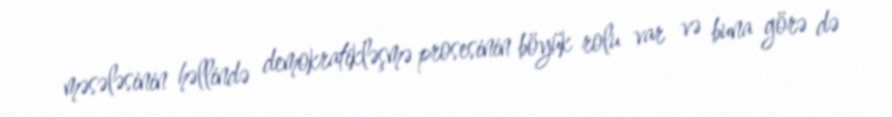
məsələsinin həllində demokratikləşmə prosesinin böyük rolu var və buna görə də